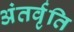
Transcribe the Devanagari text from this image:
अंतर्वृति